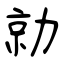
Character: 勍